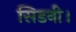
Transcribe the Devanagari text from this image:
सिडनी।